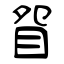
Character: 眢